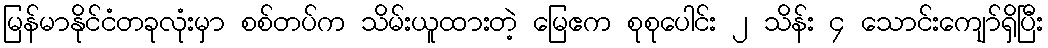
မြန်မာနိုင်ငံတခုလုံးမှာ စစ်တပ်က သိမ်းယူထားတဲ့ မြေဧက စုစုပေါင်း ၂ သိန်း ၄ သောင်းကျော်ရှိပြီး